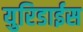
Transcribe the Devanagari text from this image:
युरिडाईस